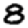
Digit: 8